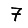
Digit: 7